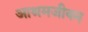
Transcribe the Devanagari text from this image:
आश्रमजीवन